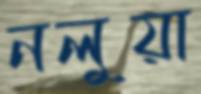
নলুয়া